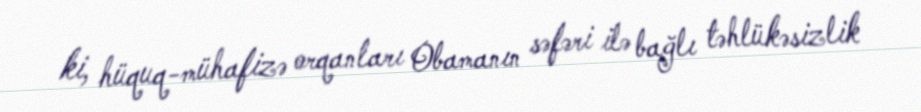
ki, hüquq-mühafizə orqanları Obamanın səfəri ilə bağlı təhlükəsizlik